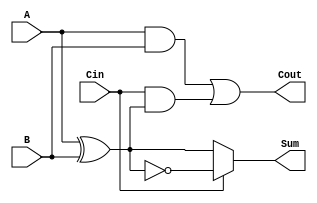
module ConditionalSumFullAdder (
    input wire A,      // First input bit
    input wire B,      // Second input bit
    input wire Cin,    // Carry-in bit
    output wire Sum,   // Resulting sum bit
    output wire Cout   // Carry-out bit
);

// Internal signals
wire AxorB;         // A XOR B
wire AxorB_not;     // NOT (A XOR B)
wire A_and_B;       // A AND B
wire Cin_and_AxorB; // Cin AND (A XOR B)

// Compute A XOR B
assign AxorB = A ^ B;

// Compute NOT (A XOR B)
assign AxorB_not = ~AxorB;

// Compute A AND B
assign A_and_B = A & B;

// Compute Cin AND (A XOR B)
assign Cin_and_AxorB = Cin & AxorB;

// Compute Cout
assign Cout = A_and_B | Cin_and_AxorB;

// Conditional Sum Calculation
assign Sum = (Cin == 1'b0) ? AxorB : AxorB_not;

endmodule